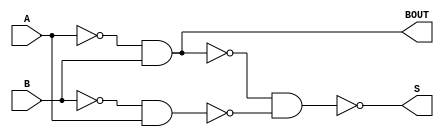
module half_subtractor_nand(output S, output BOUT,
                    input A, input B);
    wire S1, S2, S3, S4, S5;
    
    // Obtem S
    nand NAND1(S1, A, A);
    nand NAND2(S2, B, B);
    nand NAND3(S3, S1, B);
    nand NAND4(S4, S2, A);
    nand NAND5(S, S3, S4);
    
    // Obtem C
    nand NAND6(S5, S1, B);
    nand NAND7(BOUT, S5, S5);
endmodule

module teste();
    reg A, B;
    wire S, BOUT;
    half_subtractor_nand ADDER(S, BOUT, A, B);
    
    initial begin
        $display("A B S BOUT");
        $monitor("%b %b %b %b", A, B, S, BOUT);
        A = 0; B = 0; // 0
        #1 A = 0; B = 1; // 1;
        #1 A = 1; B = 0; // 2;
        #1 A = 1; B = 1; // 3;
    end
endmodule